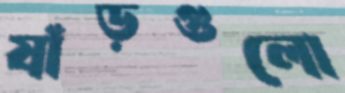
ষাঁড়গুলো